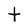
Character: t